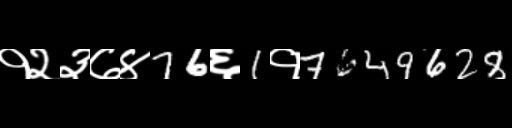
Text: १२३७४76६1१7649628